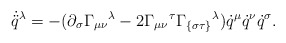
\begin{align*} \dot{\ddot{q}}^\lambda = - (\partial_\sigma {{{\Gamma}}_{\mu\nu}}{}^\lambda- 2 {{{\Gamma}}_{\mu \nu}}{}^\tau{{{\Gamma}}_{\{\sigma\tau\}}}{}^\lambda )\dot{q}^\mu \dot{q}^\nu \dot{q}^\sigma.\end{align*}